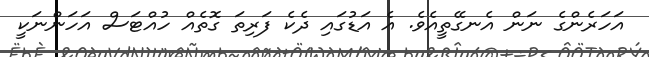
އަހަރެންގެ ނަން އެނގޭތީއެވެ. އެ އަޑުގައި ދެކެ ފަރިތަ ގޮތެއް ހުއްޓަސް އަހަންނަކީ